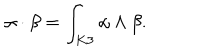
\alpha \cdot \beta = \int _ { K 3 } \alpha \wedge \beta .